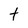
Character: t